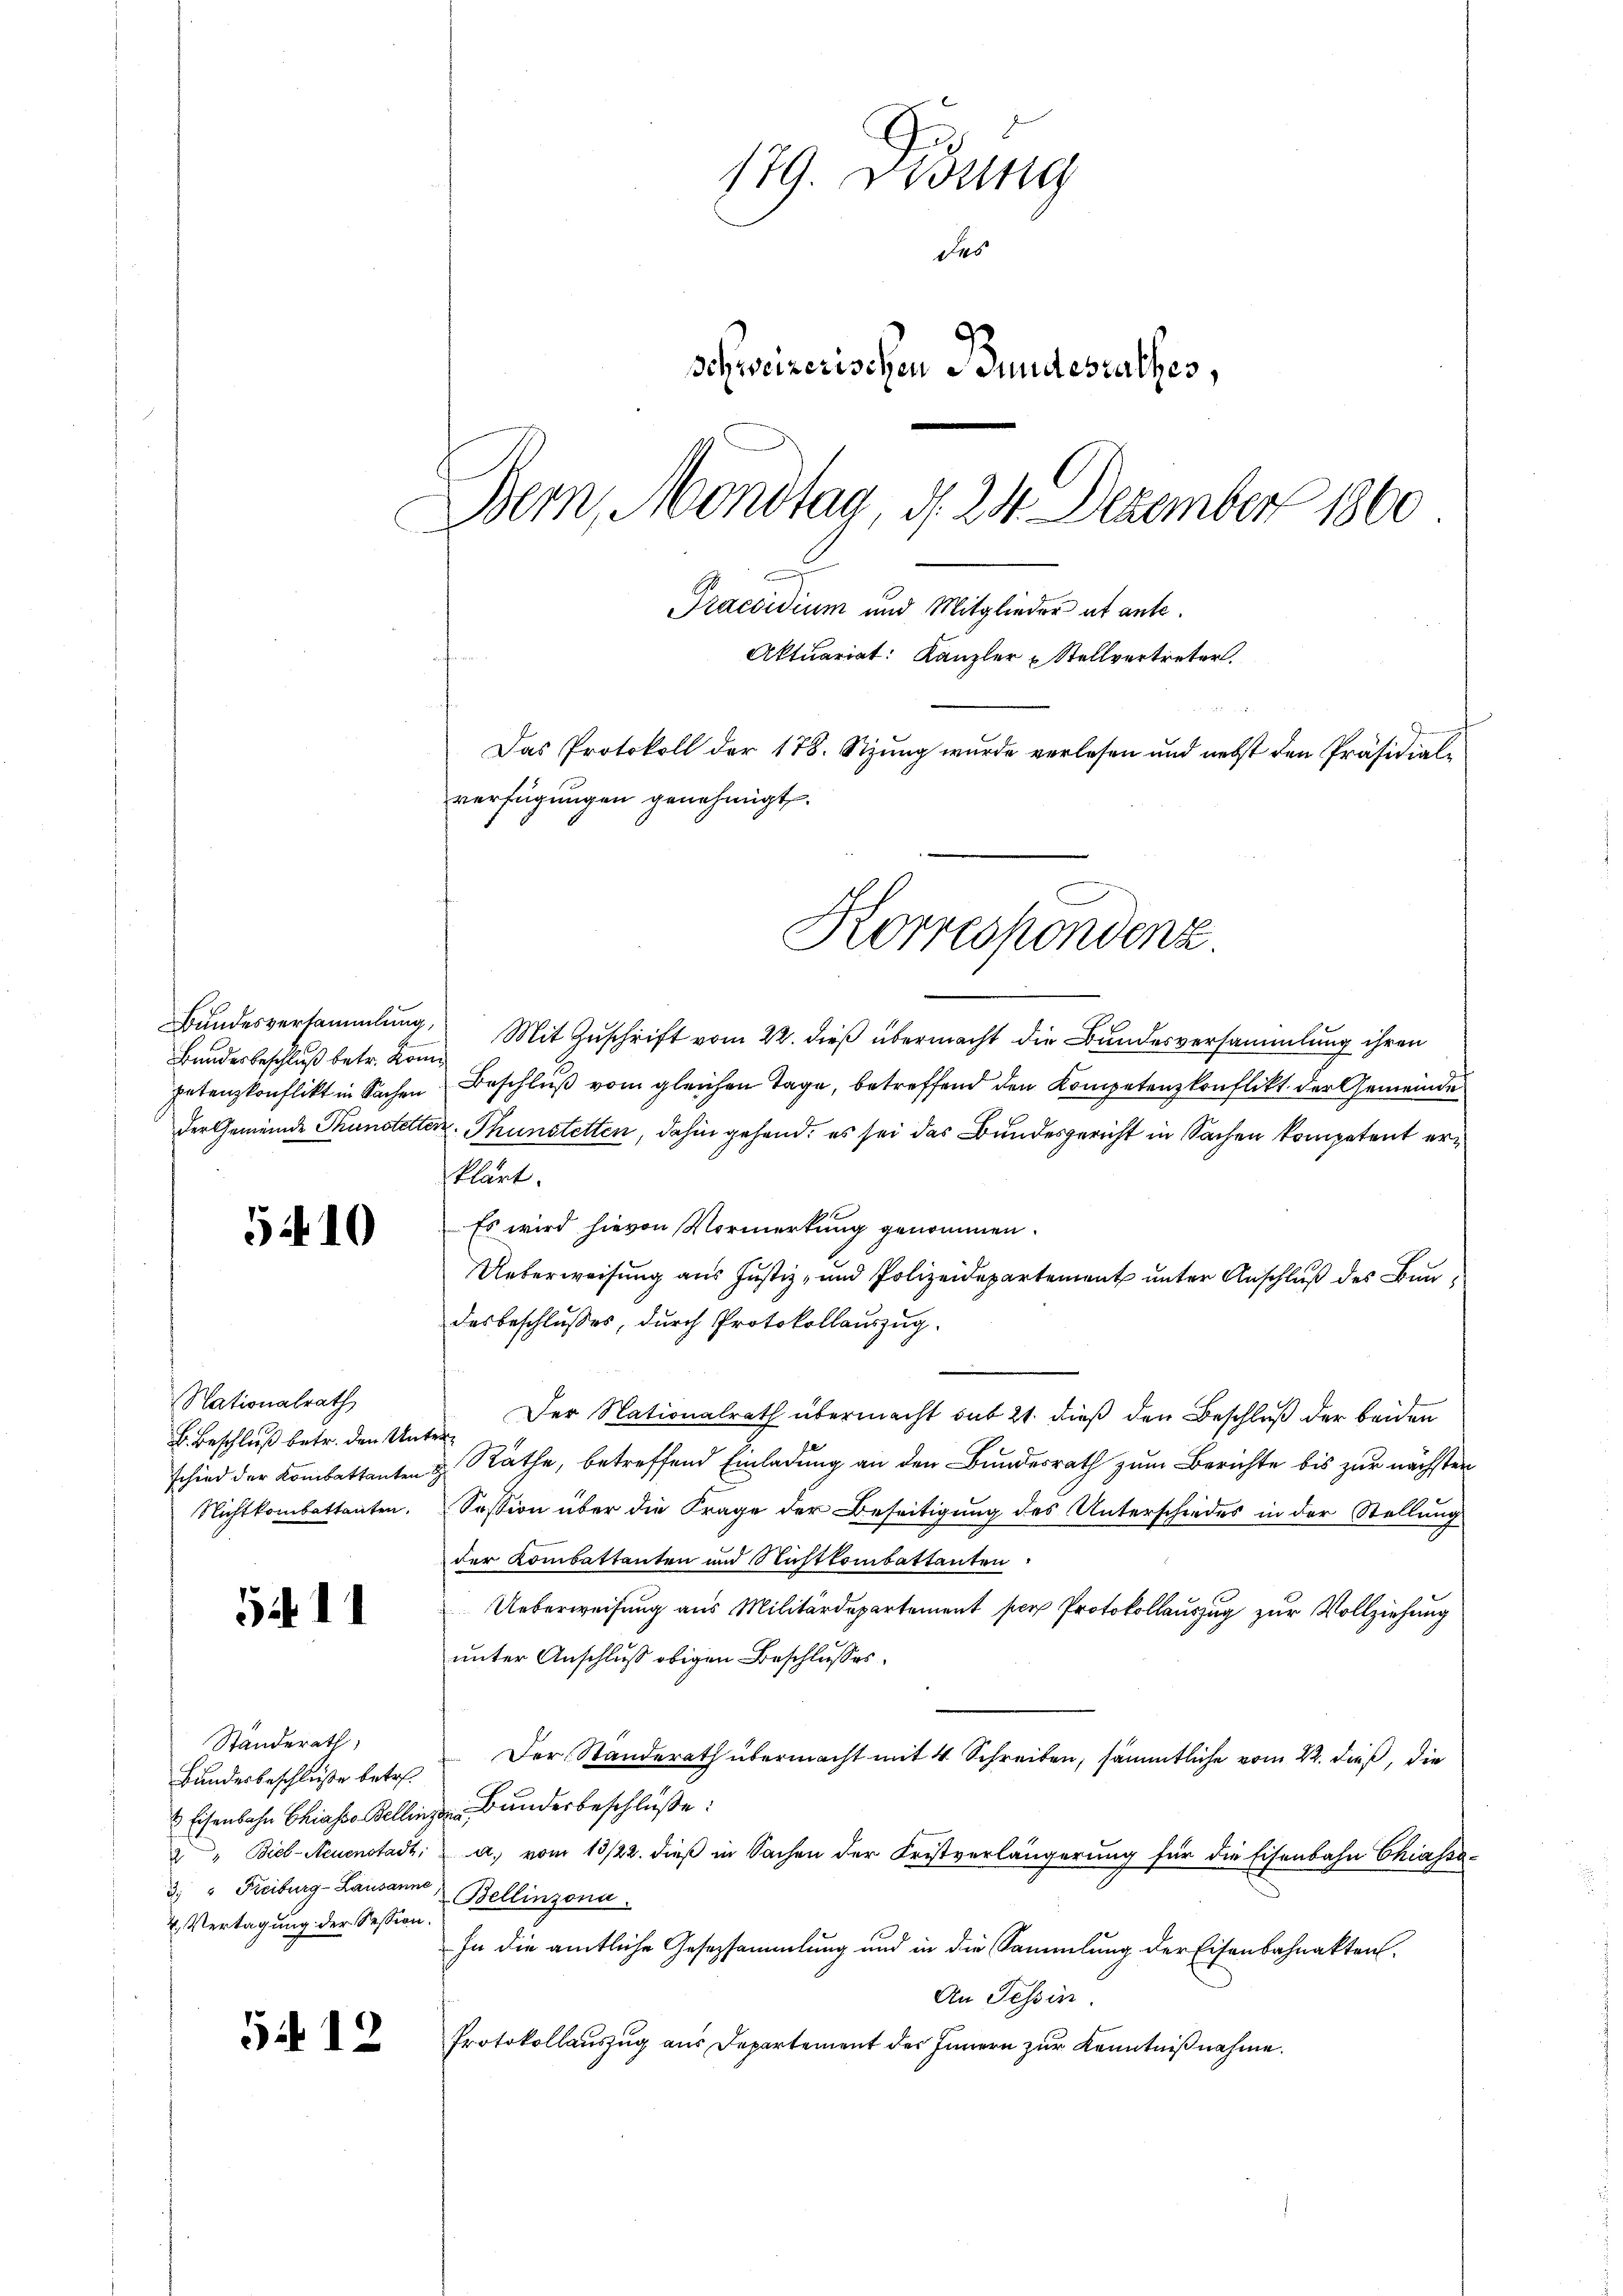
5410

Nationalrath
B. Beschluß betr. den Unter¬

5411

Ständerath,
3. " Freiburg-Lausanne,
2. Vertagung der Session.

5412

179. Didung
des
schweizerischen Bundesrathes,
Bern, Mondtag, d. 24 Dezember 1860
Praesidium und Mitglieder et ante.
Aktuariat: Kanzler u Stellvertreter.
Das Protokoll der 178. Stzung wurde verlesen und nebst den Präsidialverfügungen genehmigt.

Bundesbeschluß betr. Kon

Bŭndesversammlung. Mit Zŭschrift vom 22. dieß übermacht die Bundesversammlung ihren
petenzkonflikt in Sachen Beschluß vom gleichen Tage, betreffend den Kompetenzkonflikt der Gemeinde
der Gemeinde Thunstetter. Thunstetten, dahin gehend, es sei das Bundesgericht in Sachen kompetent erklärt.
Es wird hievon Vormerkung genommen.
Ueberweisung aus Justiz- und Polizeidepartement unter Anschluß des Bundesbeschlußes, durch Protokollauszug.
Der Nationalrath übermacht sub 21. dieß den Beschluß der beiden
schied der Kombattanten & Räthe, betreffend Einladung an den Bundesrath zum Berichte bis zur nächsten
Nichtkombettanten. Session über die Frage der Beseitigung des Unterschiedes in der Stellung
der Kombattanten und Nichtkombattanten
Ueberweisung aus Militärdepartement per Protokollauszug zur Vollziehung
unter Anschluß obigen Beschlusses.
Bundesbeschluße betr. Der Standerath übermacht mit 4 Schreiben, sämmtliche vom 22. dieß, die
& Eisenbahn Chiasso Bellingen Bunderbeschlüße:
2 " Biel-Neuenstadt: a. vom 13/22. dieß in Sachen der Fristverlängerung für die Eisenbahn Chiassa¬
Bellinzona.
In die amtliche Gesezsammlung und in die Sammlung der Eisenbahnakten.
An Tessin.
Protokollauszug aus Departement des Innern zur Kenntnißnahme.

Korrespondenz.